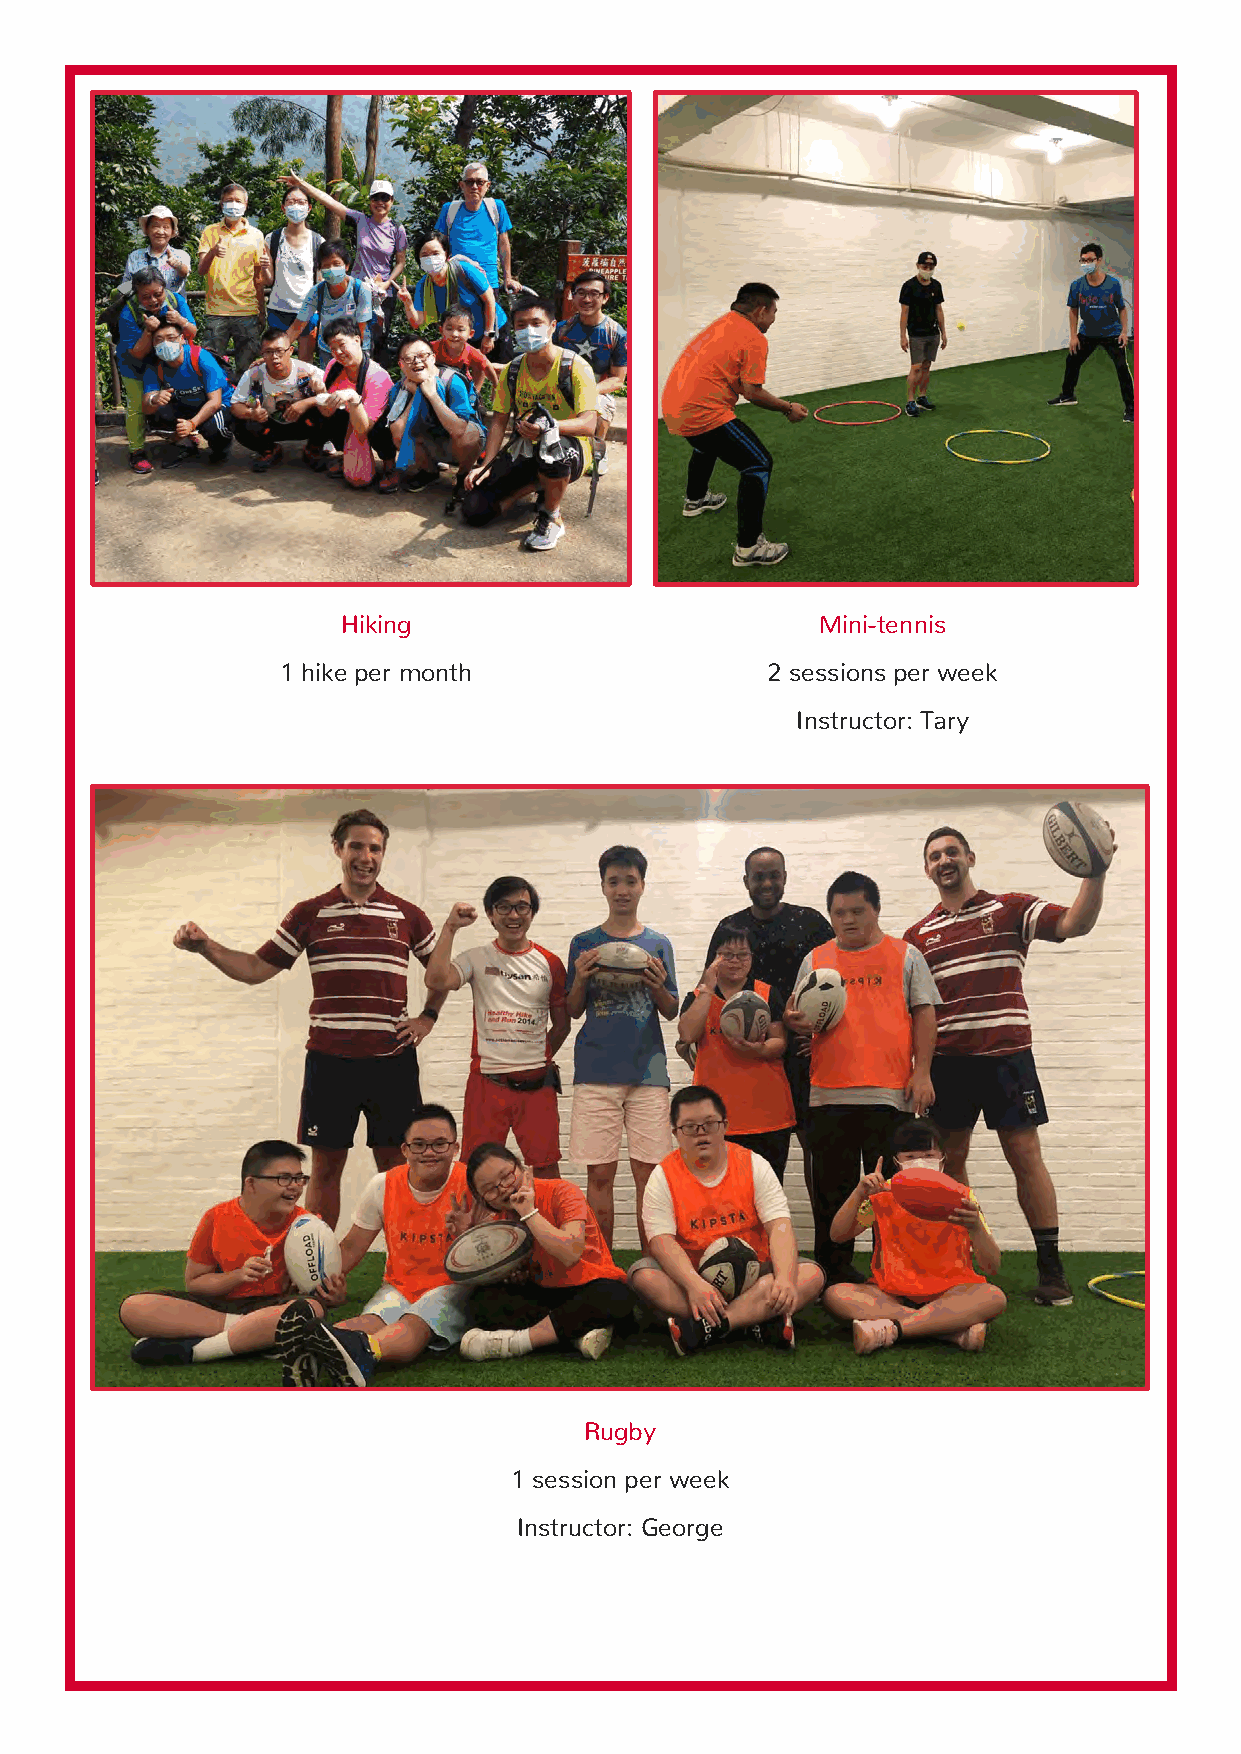
Hiking                         Mini-tennis
 1 hike per month                2 sessions per week
 Instructor: Tary
 Rugby
 1 session per week
 Instructor: George